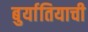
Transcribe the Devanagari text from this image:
बुर्यातियाची